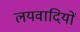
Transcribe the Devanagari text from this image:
लयवादियों